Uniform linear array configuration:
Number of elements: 16
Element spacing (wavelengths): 0.75
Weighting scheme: binomial
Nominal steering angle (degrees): -15
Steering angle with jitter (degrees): -17.0
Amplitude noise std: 0.05
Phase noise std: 0.05

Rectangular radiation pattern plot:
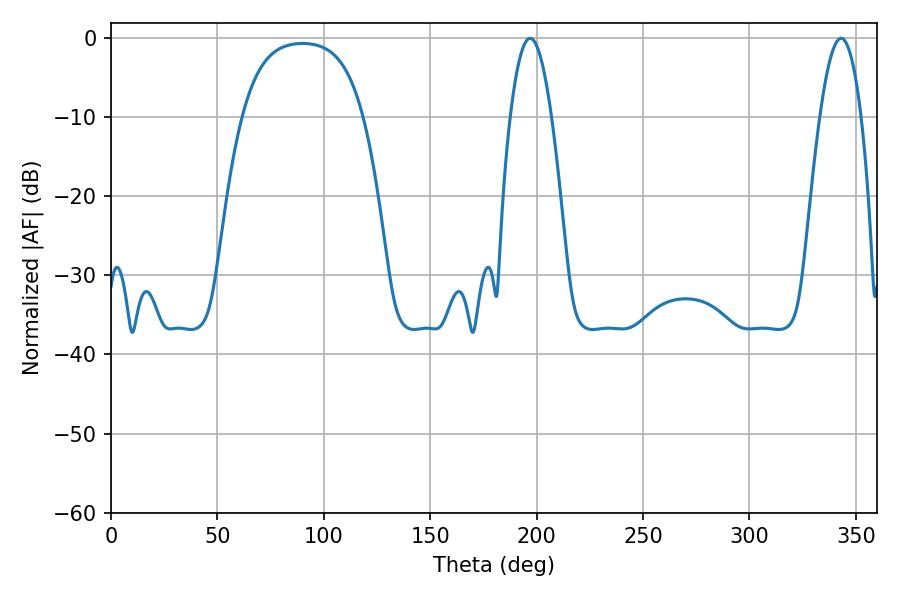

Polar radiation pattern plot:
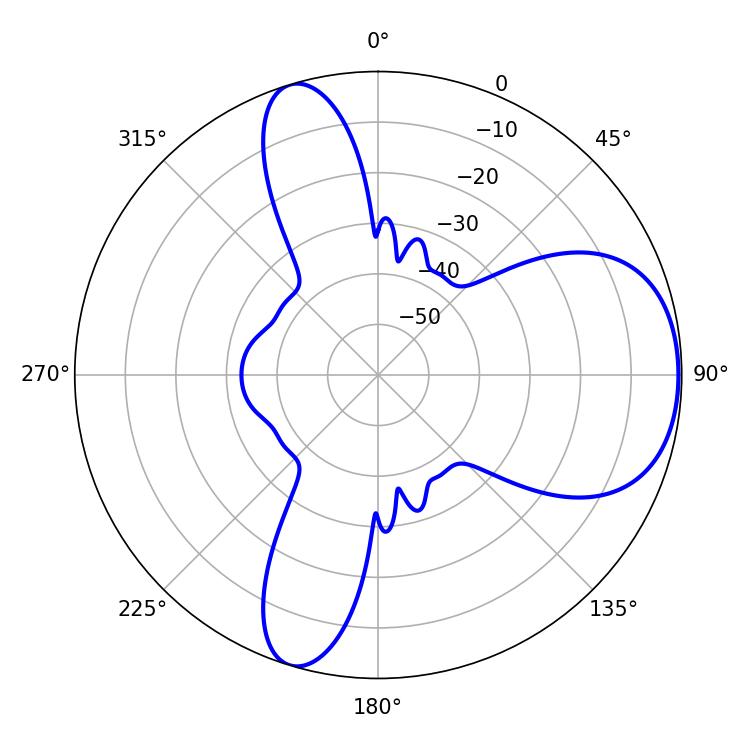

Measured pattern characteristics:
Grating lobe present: TRUE
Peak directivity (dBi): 6.5
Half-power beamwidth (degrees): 10.62
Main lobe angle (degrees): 343.08